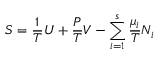
S = { \frac { 1 } { T } } U + { \frac { P } { T } } V - \sum _ { i = 1 } ^ { s } { \frac { \mu _ { i } } { T } } N _ { i }